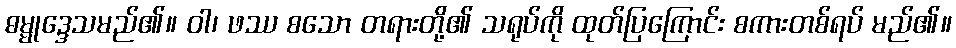
ဓမ္မုဒ္ဒေသမည်၏။ ဝါ၊ ဖဿ စသော တရားတို့၏ သရုပ်ကို ထုတ်ပြကြောင်း စကားတစ်ရပ် မည်၏။